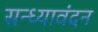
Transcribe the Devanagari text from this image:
सन्ध्यावंदन